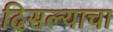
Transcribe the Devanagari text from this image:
दिसल्याचा